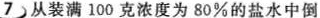
7.从装满100克浓度为80%的盐水中倒